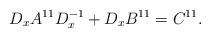
LaTeX: \begin{align*} D_x A^{11} D_x^{-1} + D_x B^{11} = C^{11} .\end{align*}